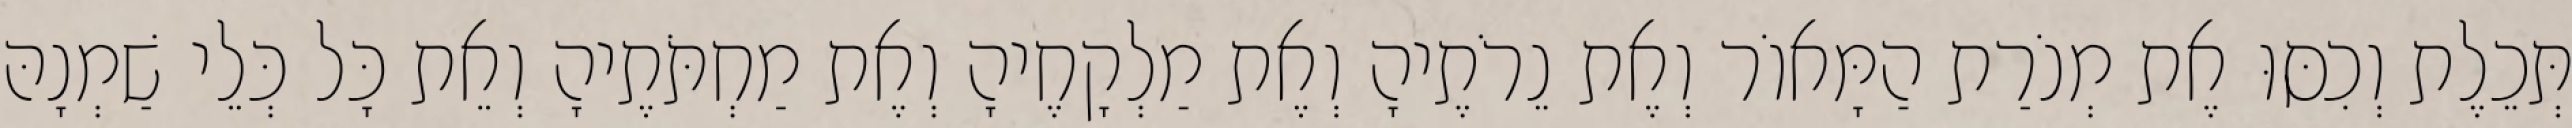
תְּכֵלֶת וְכִסּוּ אֶת מְנֹרַת הַמָּאוֹר וְאֶת נֵרֹתֶיהָ וְאֶת מַלְקָחֶיהָ וְאֶת מַחְתֹּתֶיהָ וְאֵת כָּל כְּלֵי שַׁמְנָהּ